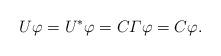
LaTeX: \begin{align*} U\varphi = U^* \varphi = C \varGamma \varphi = C \varphi. \end{align*}